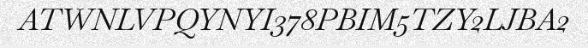
ATWNLVPQYNYI378PBIM5TZY2LJBA2